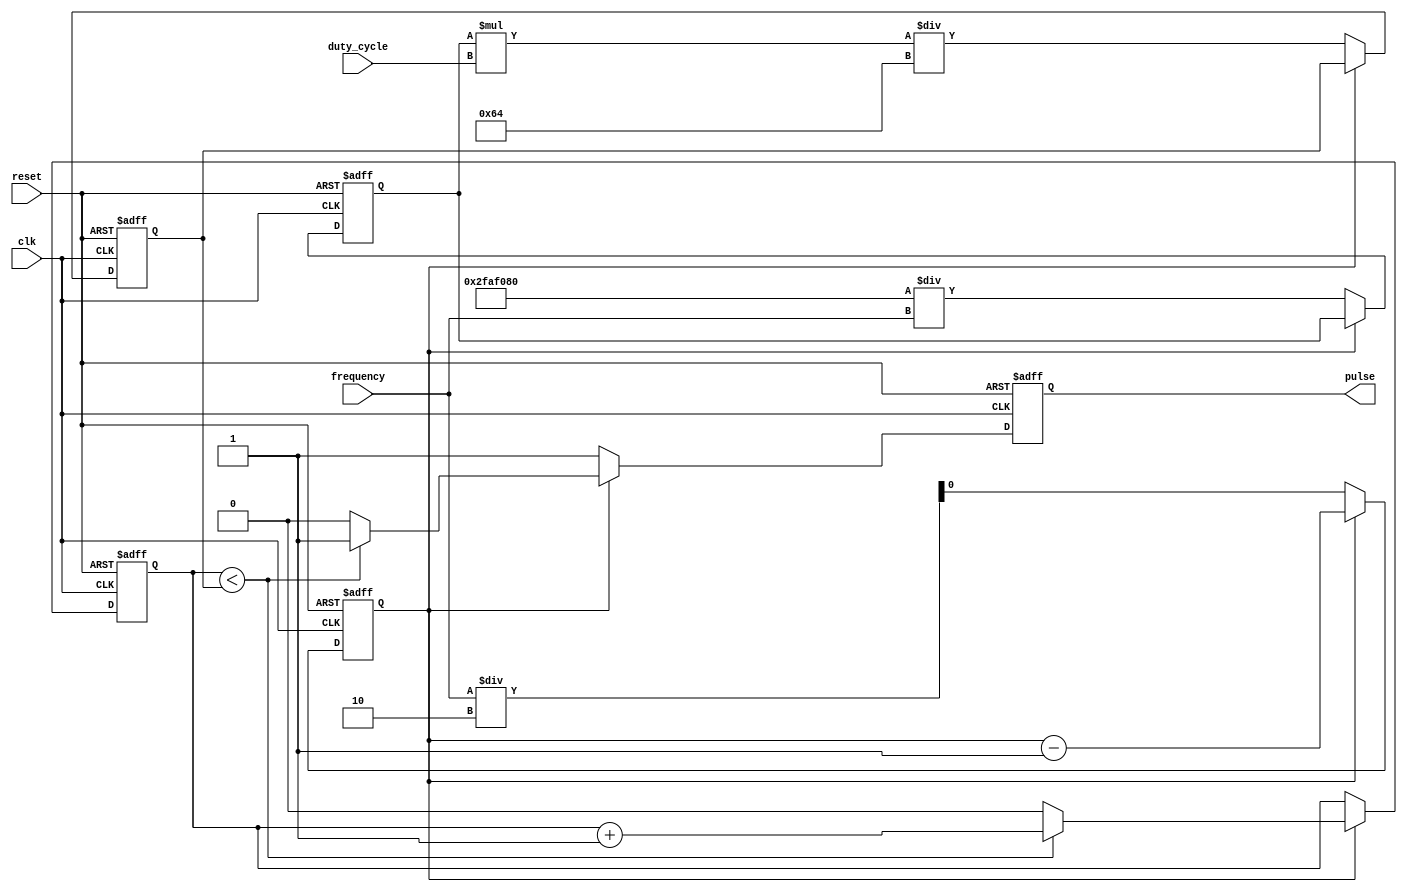
module VariableFrequencyPulseGenerator (
    input wire clk,
    input wire reset,
    input wire [31:0] frequency,
    input wire [31:0] duty_cycle,
    output reg pulse
);

reg [31:0] pulse_width;
reg [31:0] period;
reg pulse_count;
reg pulse_counter;

always @ (posedge clk or posedge reset) begin
    if (reset) begin
        pulse_width <= 0;
        period <= 0;
        pulse_count <= 0;
        pulse_counter <= 0;
        pulse <= 0;
    end else begin
        if (pulse_count == 0) begin
            pulse <= 1;
            pulse_count <= frequency / 2;
            pulse_width <= period * duty_cycle / 100;
            period <= 50000000 / frequency; // assuming 50MHz clock frequency
        end else begin
            pulse_count <= pulse_count - 1;
            if (pulse_counter < pulse_width) begin
                pulse <= 1;
                pulse_counter <= pulse_counter + 1;
            end else begin
                pulse <= 0;
                pulse_counter <= 0;
            end
        end
    end
end

endmodule